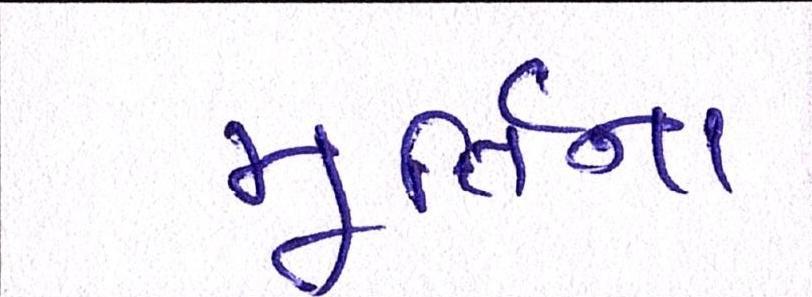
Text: મૂર્તિના